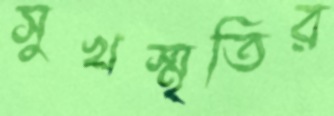
সুখস্মৃতির